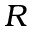
R